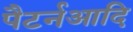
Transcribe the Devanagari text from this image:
पैटर्नआदि